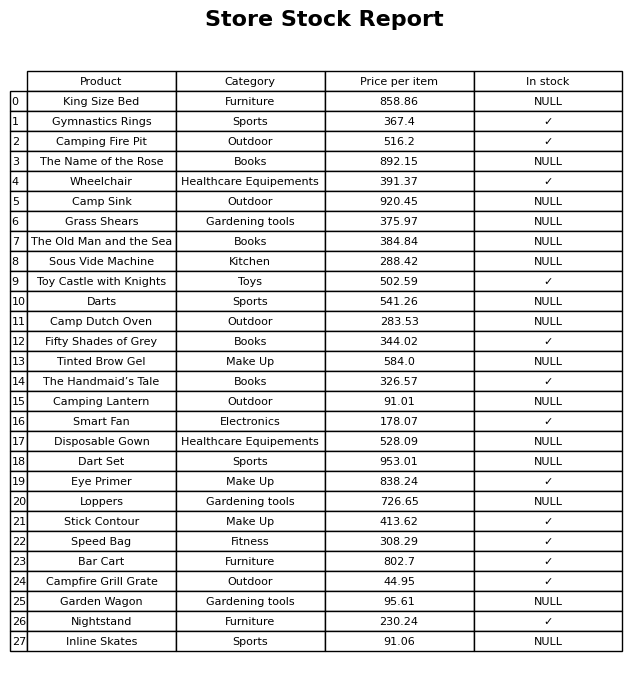
question: What is the price of the The Name of the Rose?
answer: The price of The Name of the Rose is 892.15.